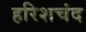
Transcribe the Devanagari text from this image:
हरिशचंद